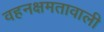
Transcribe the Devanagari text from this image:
वहनक्षमतावाली